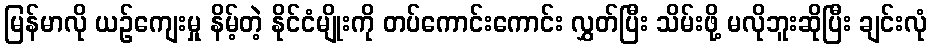
မြန်မာလို ယဉ်ကျေးမှု နိမ့်တဲ့ နိုင်ငံမျိုးကို တပ်ကောင်းကောင်း လွှတ်ပြီး သိမ်းဖို့ မလိုဘူးဆိုပြီး ချင်းလုံ